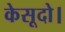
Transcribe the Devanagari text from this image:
केसूदो।